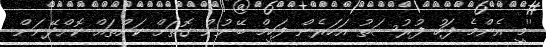
''މީ އެންމެ ފަހު ފުރުސަތު އަހަރެން ފަހީމް ބޭނުން ގޮތަށް ކަންތައް ކޮށްދޭނަން